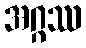
အဂ္ဂဿ